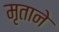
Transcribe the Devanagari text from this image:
मृताने